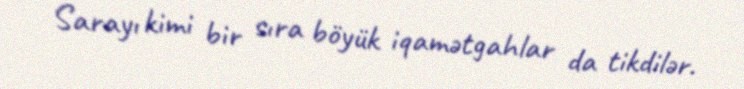
Sarayı kimi bir sıra böyük iqamətgahlar da tikdilər.